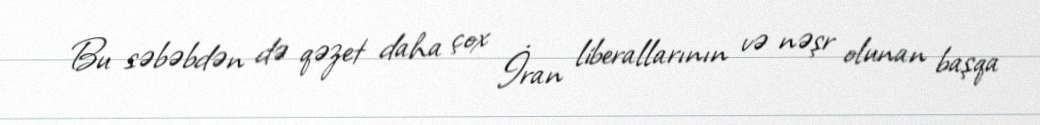
Bu səbəbdən də qəzet daha çox İran liberallarının və nəşr olunan başqa